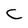
Character: C